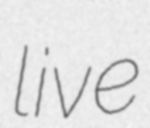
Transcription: live